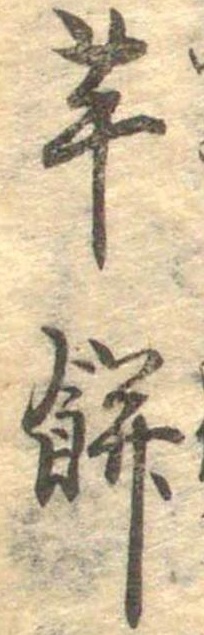
芋餅